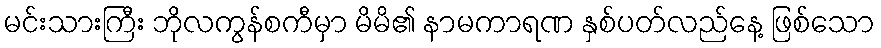
မင်းသားကြီး ဘိုလကွန်စကီမှာ မိမိ၏ နာမကာရဏ နှစ်ပတ်လည်နေ့ ဖြစ်သော